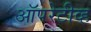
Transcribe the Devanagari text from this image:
ऑपरेटीव्ह